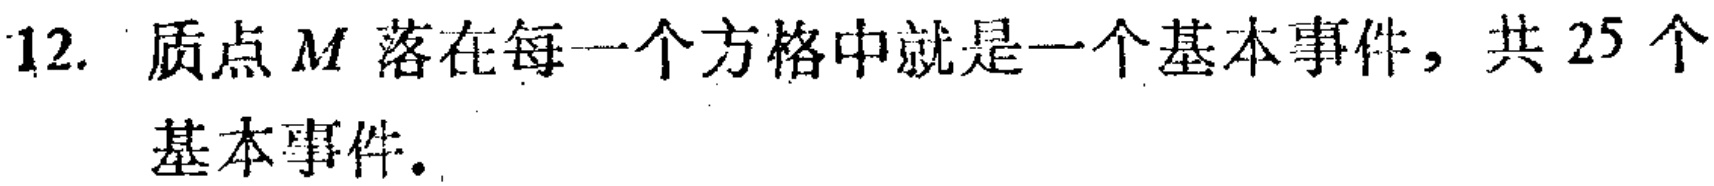
12. 质点 \(M\) 落在每一个方格中就是一个基本事件，共 \(25\) 个基本事件。